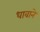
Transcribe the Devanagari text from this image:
धावाने